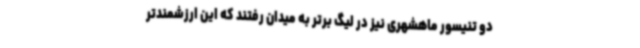
دو تنیسور ماهشهری نیز در لیگ برتر به میدان رفتند که این ارزشمندتر